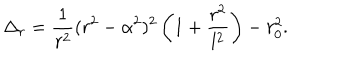
\Delta _ { r } = { \frac { 1 } { r ^ { 2 } } } ( r ^ { 2 } - \alpha ^ { 2 } ) ^ { 2 } \left( 1 + { \frac { r ^ { 2 } } { l ^ { 2 } } } \right) - r _ { 0 } ^ { 2 } .